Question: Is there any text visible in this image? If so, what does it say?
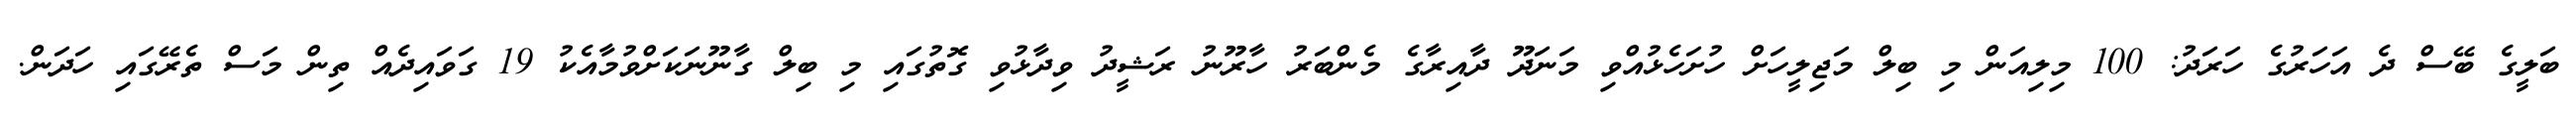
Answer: ބަލީގެ ބޭސް ދެ އަހަރުގެ ހަރަދު: 100 މިލިއަން މި ބިލް މަޖިލީހަށް ހުށަހެޅުއްވި މަނަދޫ ދާއިރާގެ މެންބަރު ހާރޫނު ރަޝީދު ވިދާޅުވި ގޮތުގައި މި ބިލް ގާނޫނަކަށްވުމާއެކު 19 ގަވައިދެއް ތިން މަސް ތެރޭގައި ހަދަން.